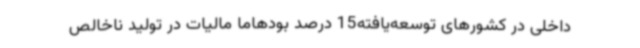
داخلی در کشورهای توسعه‌یافته15 درصد بودهاما مالیات در تولید ناخالص